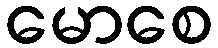
မောစေ